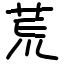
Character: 𫟎